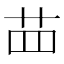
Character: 𦭝